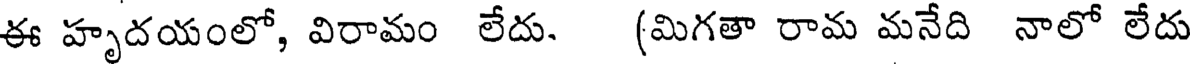
ఈ హృదయంలో, విరామం లేదు. (మిగతా రామ మనేది నాలో లేదు